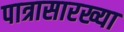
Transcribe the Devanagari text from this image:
पात्रासारख्या